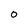
Character: O